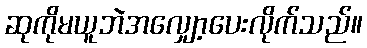
ဆုကိုမယူဘဲအလျှော့ပေးလိုက်သည်။